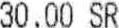
30.00 SR